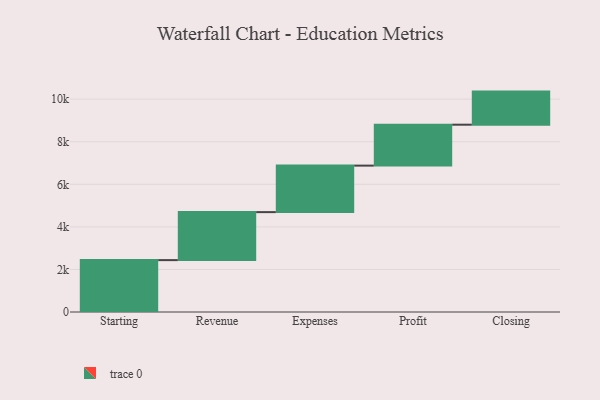
{"axis": {"x": "Step", "y": "Value"}, "legend": [""], "data": [{"x": "Starting", "y": 2438.0, "type": ""}, {"x": "Revenue", "y": 2255.0, "type": ""}, {"x": "Expenses", "y": 2185.0, "type": ""}, {"x": "Profit", "y": 1923.0, "type": ""}, {"x": "Closing", "y": 1555.0, "type": ""}]}